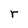
Character: r